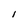
Character: l